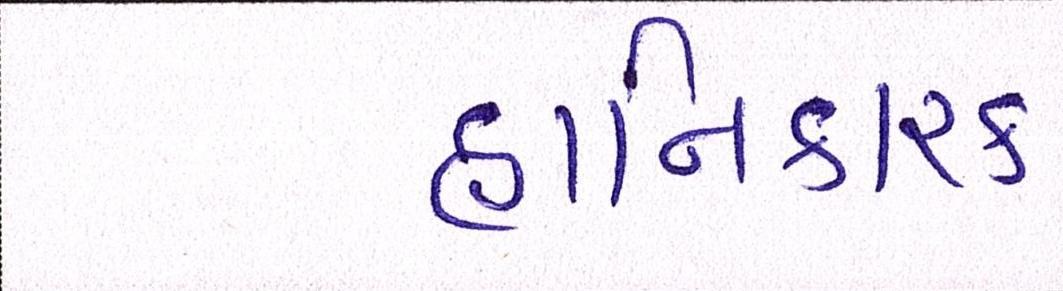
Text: હાનિકારક